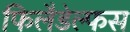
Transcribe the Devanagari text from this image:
फिलैडेल्फस